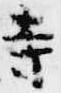
寺